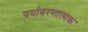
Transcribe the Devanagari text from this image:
पर्यावरणात्‍मक